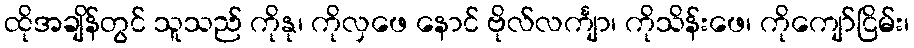
ထိုအချိန်တွင် သူသည် ကိုနု၊ ကိုလှဖေ နောင် ဗိုလ်လင်္ကျာ၊ ကိုသိန်းဖေ၊ ကိုကျော်ငြိမ်း၊